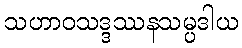
သဟာဝသဒ္ဒဿနသမ္ပဒါယ